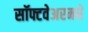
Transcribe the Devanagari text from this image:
सॉफ्टवेअरमधे